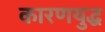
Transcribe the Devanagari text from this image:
कारणयुद्ध